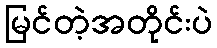
မြင်တဲ့အတိုင်းပဲ